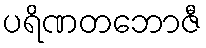
ပရိဏတဘောဇီ